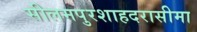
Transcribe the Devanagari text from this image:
सीलमपुरशाहदरासीमा